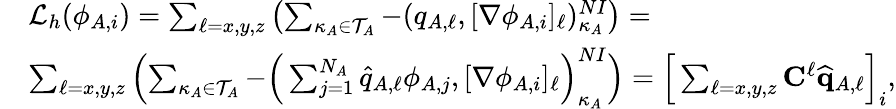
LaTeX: \begin{array}{rl}&{\mathcal{L}_{h}(\phi_{A,i})=\sum_{\ell=x,y,z}\left(\sum_{\kappa_{A}\in\mathcal{T}_{A}}-(q_{A,\ell},[\nabla\phi_{A,i}]_{\ell})_{\kappa_{A}}^{NI}\right)=}\\ &{\sum_{\ell=x,y,z}\left(\sum_{\kappa_{A}\in\mathcal{T}_{A}}-\Big(\sum_{j=1}^{N_{A}}\widehat{q}_{A,\ell}\phi_{A,j},[\nabla\phi_{A,i}]_{\ell}\Big)_{\kappa_{A}}^{NI}\right)=\Big[\sum_{\ell=x,y,z}\mathbf{C}^{\ell}\widehat{\mathbf{q}}_{A,\ell}\Big]_{i},}\end{array}